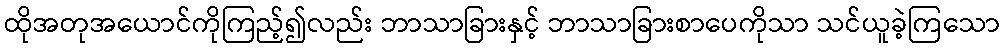
ထိုအတုအယောင်ကိုကြည့်၍လည်း ဘာသာခြားနှင့် ဘာသာခြားစာပေကိုသာ သင်ယူခဲ့ကြသော